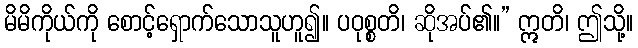
မိမိကိုယ်ကို စောင့်ရှောက်သောသူဟူ၍။ ပဝုစ္စတိ၊ ဆိုအပ်၏။” ဣတိ၊ ဤသို့။